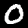
Digit: 0